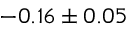
- 0 . 1 6 \pm 0 . 0 5